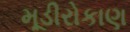
મૂડીરોકાણ